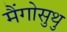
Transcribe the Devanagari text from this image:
मैंगोसुथु